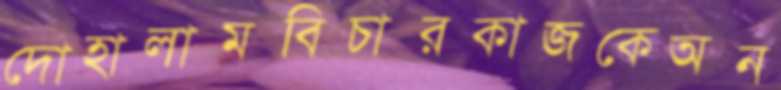
দোহালামবিচারকাজকেঅন